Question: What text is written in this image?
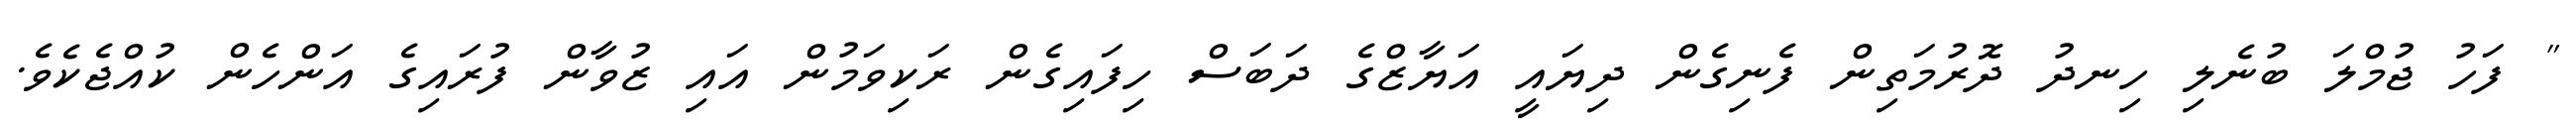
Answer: " ފަހު ޖުމްލަ ބުނެލި ހިނދު ދޮރުމަތިން ފެނިގެން ދިޔައީ އަޔާޒްގެ ދަބަސް ހިފައިގެން ރަކިވަމުން އައި ޒުވާން ފުރައިގެ އަންހެން ކުއްޖެކެވެ.